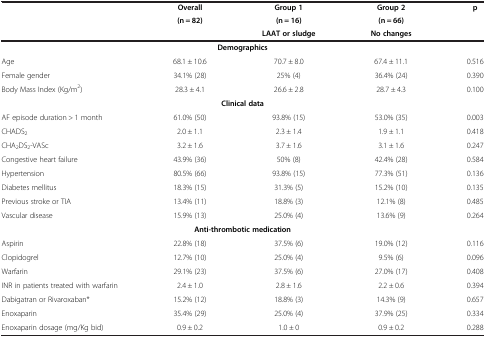
<table><thead><tr><td><b> </b></td><td><b>Overall</b></td><td><b>Group 1</b></td><td><b>Group 2</b></td><td rowspan="3"><b>p</b></td></tr><tr><td><b> </b></td><td><b>(n = 82)</b></td><td><b>(n = 16)</b></td><td><b>(n = 66)</b></td></tr><tr><td><b> </b></td><td><b> </b></td><td><b>LAAT or sludge</b></td><td><b>No changes</b></td></tr></thead><tbody><tr><td colspan="5"><b>Demographics</b></td></tr><tr><td>Age</td><td>68.1 ± 10.6</td><td>70.7 ± 8.0</td><td>67.4 ± 11.1</td><td>0.516</td></tr><tr><td>Female gender</td><td>34.1% (28)</td><td>25% (4)</td><td>36.4% (24)</td><td>0.390</td></tr><tr><td>Body Mass Index (Kg/m<sup>2</sup>)</td><td>28.3 ± 4.1</td><td>26.6 ± 2.8</td><td>28.7 ± 4.3</td><td>0.100</td></tr><tr><td colspan="5"><b>Clinical data</b></td></tr><tr><td>AF episode duration &gt; 1 month</td><td>61.0% (50)</td><td>93.8% (15)</td><td>53.0% (35)</td><td>0.003</td></tr><tr><td>CHADS<sub>2</sub></td><td>2.0 ± 1.1</td><td>2.3 ± 1.4</td><td>1.9 ± 1.1</td><td>0.418</td></tr><tr><td>CHA<sub>2</sub>DS<sub>2</sub>-VASc</td><td>3.2 ± 1.6</td><td>3.7 ± 1.6</td><td>3.1 ± 1.6</td><td>0.247</td></tr><tr><td>Congestive heart failure</td><td>43.9% (36)</td><td>50% (8)</td><td>42.4% (28)</td><td>0.584</td></tr><tr><td>Hypertension</td><td>80.5% (66)</td><td>93.8% (15)</td><td>77.3% (51)</td><td>0.136</td></tr><tr><td>Diabetes mellitus</td><td>18.3% (15)</td><td>31.3% (5)</td><td>15.2% (10)</td><td>0.135</td></tr><tr><td>Previous stroke or TIA</td><td>13.4% (11)</td><td>18.8% (3)</td><td>12.1% (8)</td><td>0.485</td></tr><tr><td>Vascular disease</td><td>15.9% (13)</td><td>25.0% (4)</td><td>13.6% (9)</td><td>0.264</td></tr><tr><td colspan="5"><b>Anti-thrombotic medication</b></td></tr><tr><td>Aspirin</td><td>22.8% (18)</td><td>37.5% (6)</td><td>19.0% (12)</td><td>0.116</td></tr><tr><td>Clopidogrel</td><td>12.7% (10)</td><td>25.0% (4)</td><td>9.5% (6)</td><td>0.096</td></tr><tr><td>Warfarin</td><td>29.1% (23)</td><td>37.5% (6)</td><td>27.0% (17)</td><td>0.408</td></tr><tr><td>INR in patients treated with warfarin</td><td>2.4 ± 1.0</td><td>2.8 ± 1.6</td><td>2.2 ± 0.6</td><td>0.394</td></tr><tr><td>Dabigatran or Rivaroxaban*</td><td>15.2% (12)</td><td>18.8% (3)</td><td>14.3% (9)</td><td>0.657</td></tr><tr><td>Enoxaparin</td><td>35.4% (29)</td><td>25.0% (4)</td><td>37.9% (25)</td><td>0.334</td></tr><tr><td>Enoxaparin dosage (mg/Kg bid)</td><td>0.9 ± 0.2</td><td>1.0 ± 0</td><td>0.9 ± 0.2</td><td>0.288</td></tr></tbody></table>